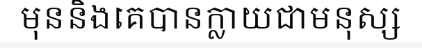
មុននិងគេបានក្លាយជាមនុស្ស